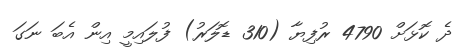
ދެ ކޮޅަށް 4790 ރުފިޔާ (310 ޑޮލަރު) ފުލައިމީ އިން އެބަ ނަގަ